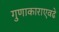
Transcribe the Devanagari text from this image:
गुणाकाराएवढे